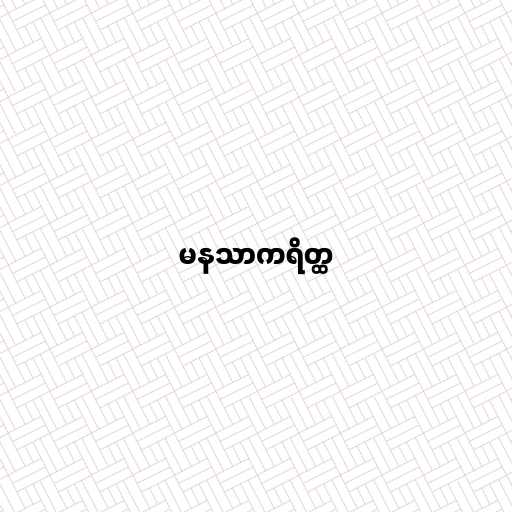
မနသာကရိတ္ထ